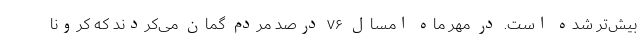
بیش‌تر شده است. در مهر ماه امسال ۷۶ درصد مردم گمان می‌کردند که کرونا